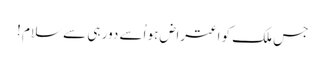
جس ملک کو اعتراض ہو اُسے دور ہی سے سلام !